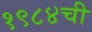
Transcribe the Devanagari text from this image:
१९८४ची